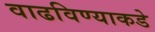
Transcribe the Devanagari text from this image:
वाढविण्याकडे